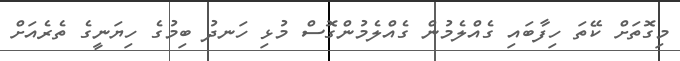
މިގޮތަށް ކޭތަ ހިފާބައި ގެއްލެމުން ގެއްލެމުންގޮސް މުޅި ހަނދު ބިމުގެ ހިޔަނީގެ ތެރެއަށް